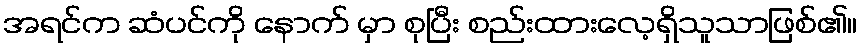
အရင်က ဆံပင်ကို နောက် မှာ စုပြီး စည်းထားလေ့ရှိသူသာဖြစ်၏။